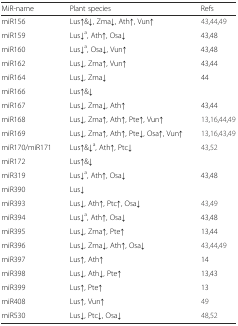
| MiR-name | Plant species | Refs |
 | --- | --- | --- |
 | miR156 | Lus↑&↓, Zma↓, Ath↑, Vun↑ | 43,44,49 |
 | miR159 | Lus↓a, Ath↑, Osa↓ | 43,48 |
 | miR160 | Lus↓a, Osa↓, Vun↑ | 43,48 |
 | miR162 | Lus↓, Zma↑, Vun↑ | 43,44 |
 | miR164 | Lus↓, Zma↓ | 44 |
 | miR166 | Lus↑&↓ |  |
 | miR167 | Lus↓, Zma↓, Ath↑ | 43,44 |
 | miR168 | Lus↓, Zma↑, Ath↑, Pte↑, Vun↑ | 13,16,44,49 |
 | miR169 | Lus↓, Zma↑, Ath↑, Pte↓, Osa↑, Vun↑ | 13,16,43,49 |
 | miR170/miR171 | Lus↑&↓a, Ath↑, Ptc↓ | 43,52 |
 | miR172 | Lus↑&↓ |  |
 | miR319 | Lus↓a, Ath↑, Osa↓ | 43,48 |
 | miR390 | Lus↓ |  |
 | miR393 | Lus↓, Ath↑, Ptc↑, Osa↓ | 43,49 |
 | miR394 | Lus↓a, Ath↑, Osa↓ | 43,48 |
 | miR395 | Lus↓, Zma↑, Pte↑ | 13,44 |
 | miR396 | Lus↓, Zma↓, Ath↑, Osa↓ | 43,44,49 |
 | miR397 | Lus↑, Ath↑ | 14 |
 | miR398 | Lus↓, Ath↓, Pte↑ | 13,43 |
 | miR399 | Lus↑, Pte↑ | 13 |
 | miR408 | Lus↑, Vun↑ | 49 |
 | miR530 | Lus↓, Ptc↓, Osa↓ | 48,52 |